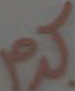
كرم